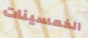
الخمسينات